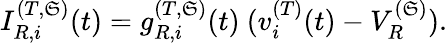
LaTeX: I_{R,i}^{(T,\mathfrak{S})}(t)=g_{R,i}^{(T,\mathfrak{S})}(t)~(v_{i}^{(T)}(t)-V_{R}^{(\mathfrak{S})}).